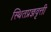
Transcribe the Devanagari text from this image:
स्थितप्रज्ञवृत्ती